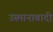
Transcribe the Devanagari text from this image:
उस्मानाबादी